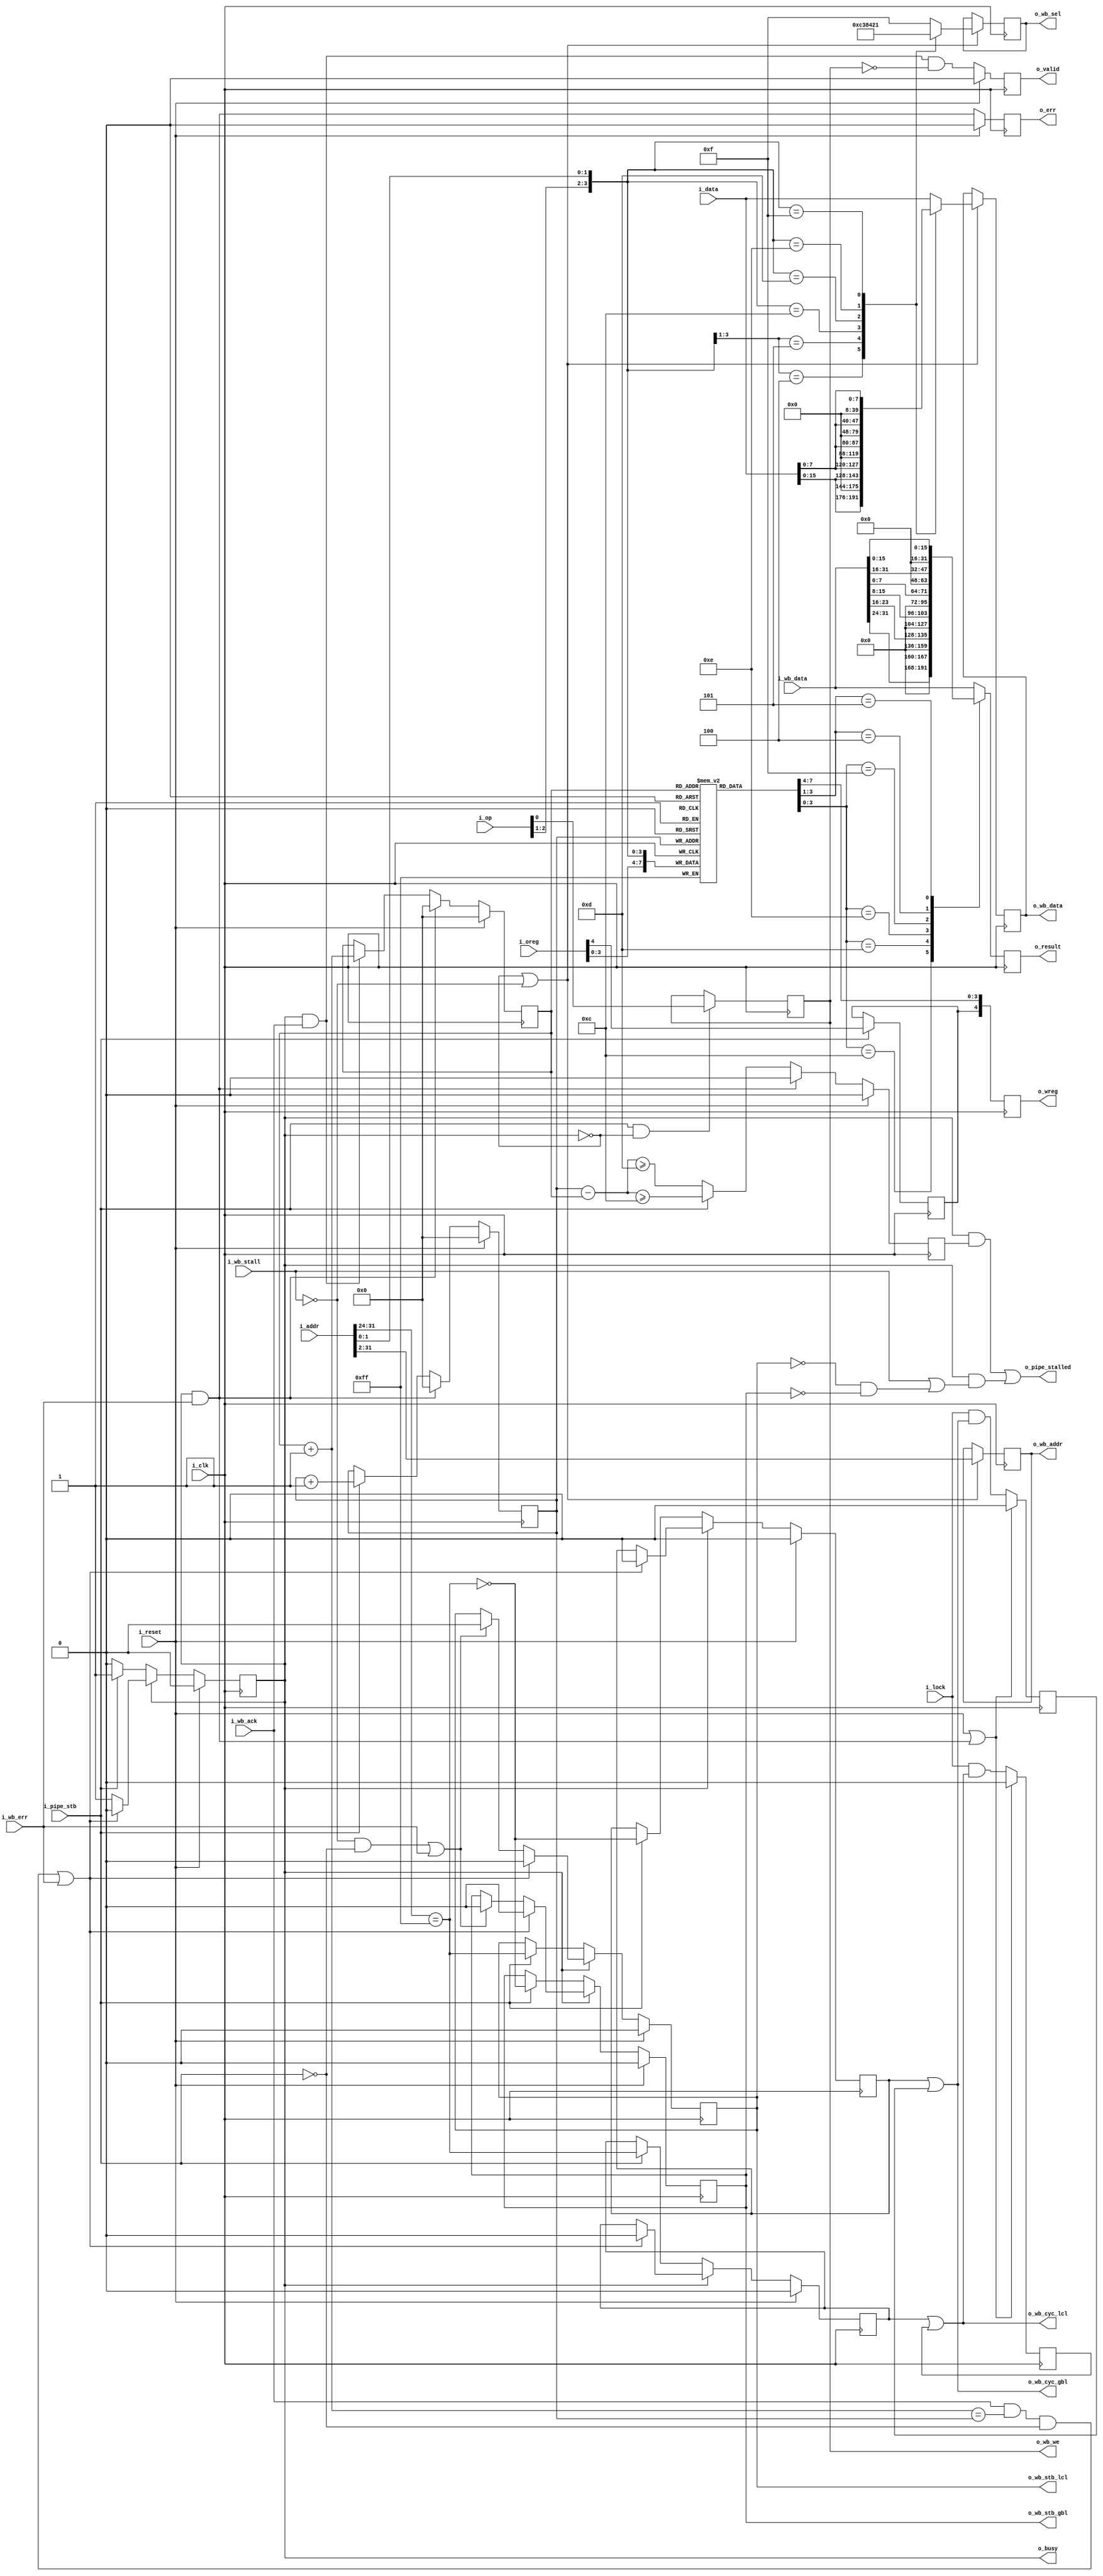
module	pipemem(i_clk, i_reset, i_pipe_stb, i_lock,
		i_op, i_addr, i_data, i_oreg,
			o_busy, o_pipe_stalled, o_valid, o_err, o_wreg, o_result,
		o_wb_cyc_gbl, o_wb_cyc_lcl,
			o_wb_stb_gbl, o_wb_stb_lcl,
			o_wb_we, o_wb_addr, o_wb_data, o_wb_sel,
		i_wb_ack, i_wb_stall, i_wb_err, i_wb_data);
	parameter	ADDRESS_WIDTH=30;
	parameter [0:0]	IMPLEMENT_LOCK=1'b1,
			WITH_LOCAL_BUS=1'b1,
			OPT_ZERO_ON_IDLE=1'b0,
			// OPT_ALIGNMENT_ERR
			OPT_ALIGNMENT_ERR=1'b0;
	localparam	AW=ADDRESS_WIDTH,
			FLN=4;
	parameter [(FLN-1):0]	OPT_MAXDEPTH=4'hd;
	input	wire		i_clk, i_reset;
	input	wire		i_pipe_stb, i_lock;
	// CPU interface
	input	wire	[2:0]	i_op;
	input	wire	[31:0]	i_addr;
	input	wire	[31:0]	i_data;
	input	wire	[4:0]	i_oreg;
	// CPU outputs
	output	wire		o_busy;
	output	wire		o_pipe_stalled;
	output	reg		o_valid;
	output	reg		o_err;
	output	reg	[4:0]	o_wreg;
	output	reg	[31:0]	o_result;
	// Wishbone outputs
	output	wire		o_wb_cyc_gbl;
	output	reg		o_wb_stb_gbl;
	output	wire		o_wb_cyc_lcl;
	output	reg		o_wb_stb_lcl, o_wb_we;
	output	reg	[(AW-1):0]	o_wb_addr;
	output	reg	[31:0]	o_wb_data;
	output	reg	[3:0]	o_wb_sel;
	// Wishbone inputs
	input	wire		i_wb_ack, i_wb_stall, i_wb_err;
	input	wire	[31:0]	i_wb_data;


	reg			cyc;
	reg			r_wb_cyc_gbl, r_wb_cyc_lcl, fifo_full;
	reg	[(FLN-1):0]		rdaddr, wraddr;
	wire	[(FLN-1):0]		nxt_rdaddr, fifo_fill;
	reg	[(3+5-1):0]	fifo_oreg [0:15];
	reg			fifo_gie;
	initial	rdaddr = 0;
	initial	wraddr = 0;

	reg	misaligned;

	always	@(*)
	if (OPT_ALIGNMENT_ERR)
	begin
		casez({ i_op[2:1], i_addr[1:0] })
		4'b01?1: misaligned = i_pipe_stb;
		4'b0110: misaligned = i_pipe_stb;
		4'b10?1: misaligned = i_pipe_stb;
		default: misaligned = i_pipe_stb;
		endcase
	end else
		misaligned = 1'b0;

	always @(posedge i_clk)
		fifo_oreg[wraddr] <= { i_oreg[3:0], i_op[2:1], i_addr[1:0] };

	always @(posedge i_clk)
	if (i_pipe_stb)
		fifo_gie <= i_oreg[4];

	initial	wraddr = 0;
	always @(posedge i_clk)
	if (i_reset)
		wraddr <= 0;
	else if (((i_wb_err)&&(cyc))||((i_pipe_stb)&&(misaligned)))
			wraddr <= 0;
	else if (i_pipe_stb)
		wraddr <= wraddr + 1'b1;

	initial	rdaddr = 0;
	always @(posedge i_clk)
	if (i_reset)
		rdaddr <= 0;
	else if (((i_wb_err)&&(cyc))||((i_pipe_stb)&&(misaligned)))
		rdaddr <= 0;
	else if ((i_wb_ack)&&(cyc))
		rdaddr <= rdaddr + 1'b1;

	assign	fifo_fill = wraddr - rdaddr;

	initial	fifo_full = 0;
	always @(posedge i_clk)
	if (i_reset)
		fifo_full <= 0;
	else if (((i_wb_err)&&(cyc))||((i_pipe_stb)&&(misaligned)))
		fifo_full <= 0;
	else if (i_pipe_stb)
		fifo_full <= (fifo_fill >= OPT_MAXDEPTH-1);
	else
		fifo_full <= (fifo_fill >= OPT_MAXDEPTH);

	assign	nxt_rdaddr = rdaddr + 1'b1;

	wire	gbl_stb, lcl_stb, lcl_bus;
	assign	lcl_bus = (i_addr[31:24]==8'hff)&&(WITH_LOCAL_BUS);
	assign	lcl_stb = (lcl_bus)&&(!misaligned);
	assign	gbl_stb = ((!lcl_bus)||(!WITH_LOCAL_BUS))&&(!misaligned);
			//= ((i_addr[31:8]!=24'hc00000)||(i_addr[7:5]!=3'h0));

	initial	cyc = 0;
	initial	r_wb_cyc_lcl = 0;
	initial	r_wb_cyc_gbl = 0;
	initial	o_wb_stb_lcl = 0;
	initial	o_wb_stb_gbl = 0;
	always @(posedge i_clk)
	if (i_reset)
	begin
		r_wb_cyc_gbl <= 1'b0;
		r_wb_cyc_lcl <= 1'b0;
		o_wb_stb_gbl <= 1'b0;
		o_wb_stb_lcl <= 1'b0;
		cyc <= 1'b0;
	end else if (cyc)
	begin
		if (((!i_wb_stall)&&(!i_pipe_stb)&&(!misaligned))
			||(i_wb_err))
		begin
			o_wb_stb_gbl <= 1'b0;
			o_wb_stb_lcl <= 1'b0;
		end

		if (((i_wb_ack)&&(nxt_rdaddr == wraddr)
				&&((!i_pipe_stb)||(misaligned)))
			||(i_wb_err))
		begin
			r_wb_cyc_gbl <= 1'b0;
			r_wb_cyc_lcl <= 1'b0;
			o_wb_stb_gbl <= 1'b0;
			o_wb_stb_lcl <= 1'b0;
			cyc <= 1'b0;
		end
	end else if (i_pipe_stb) // New memory operation
	begin // Grab the wishbone
		r_wb_cyc_lcl <= lcl_stb;
		r_wb_cyc_gbl <= gbl_stb;
		o_wb_stb_lcl <= lcl_stb;
		o_wb_stb_gbl <= gbl_stb;
		cyc <= (!misaligned);
	end

	always @(posedge i_clk)
	if ((!cyc)||(!i_wb_stall))
	begin
		if ((OPT_ZERO_ON_IDLE)&&(!i_pipe_stb))
			o_wb_addr <= 0;
		else
			o_wb_addr <= i_addr[(AW+1):2];

		if ((OPT_ZERO_ON_IDLE)&&(!i_pipe_stb))
			o_wb_sel <= 4'b0000;
		else casez({ i_op[2:1], i_addr[1:0] })
			4'b100?: o_wb_sel <= 4'b1100;	// Op = 5
			4'b101?: o_wb_sel <= 4'b0011;	// Op = 5
			4'b1100: o_wb_sel <= 4'b1000;	// Op = 5
			4'b1101: o_wb_sel <= 4'b0100;	// Op = 7
			4'b1110: o_wb_sel <= 4'b0010;	// Op = 7
			4'b1111: o_wb_sel <= 4'b0001;	// Op = 7
			default: o_wb_sel <= 4'b1111;	// Op = 7
		endcase

		if ((OPT_ZERO_ON_IDLE)&&(!i_pipe_stb))
			o_wb_data <= 0;
		else casez({ i_op[2:1], i_addr[1:0] })
		4'b100?: o_wb_data <= { i_data[15:0], 16'h00 };
		4'b101?: o_wb_data <= { 16'h00, i_data[15:0] };
		4'b1100: o_wb_data <= {         i_data[7:0], 24'h00 };
		4'b1101: o_wb_data <= {  8'h00, i_data[7:0], 16'h00 };
		4'b1110: o_wb_data <= { 16'h00, i_data[7:0],  8'h00 };
		4'b1111: o_wb_data <= { 24'h00, i_data[7:0] };
		default: o_wb_data <= i_data;
	endcase
	end

	always @(posedge i_clk)
	if ((i_pipe_stb)&&(!cyc))
		o_wb_we   <= i_op[0];
	else if ((OPT_ZERO_ON_IDLE)&&(!cyc))
		o_wb_we   <= 1'b0;

	initial	o_valid = 1'b0;
	always @(posedge i_clk)
	if (i_reset)
		o_valid <= 1'b0;
	else
		o_valid <= (cyc)&&(i_wb_ack)&&(!o_wb_we);

	initial	o_err = 1'b0;
	always @(posedge i_clk)
	if (i_reset)
		o_err <= 1'b0;
	else
		o_err <= ((cyc)&&(i_wb_err))||((i_pipe_stb)&&(misaligned));
	assign	o_busy = cyc;

	wire	[7:0]	w_wreg;
	assign	w_wreg = fifo_oreg[rdaddr];
	always @(posedge i_clk)
		o_wreg <= { fifo_gie, w_wreg[7:4] };
	always @(posedge i_clk)
	if ((OPT_ZERO_ON_IDLE)&&((!cyc)||((!i_wb_ack)&&(!i_wb_err))))
		o_result <= 0;
	else begin
		casez(w_wreg[3:0])
		4'b1100: o_result <= { 24'h00, i_wb_data[31:24] };
		4'b1101: o_result <= { 24'h00, i_wb_data[23:16] };
		4'b1110: o_result <= { 24'h00, i_wb_data[15: 8] };
		4'b1111: o_result <= { 24'h00, i_wb_data[ 7: 0] };
		4'b100?: o_result <= { 16'h00, i_wb_data[31:16] };
		4'b101?: o_result <= { 16'h00, i_wb_data[15: 0] };
		default: o_result <= i_wb_data[31:0];
		endcase
	end

	assign	o_pipe_stalled = ((cyc)&&(fifo_full))||((cyc)
			&&((i_wb_stall)||((!o_wb_stb_lcl)&&(!o_wb_stb_gbl))));

	generate
	if (IMPLEMENT_LOCK != 0)
	begin
		reg	lock_gbl, lock_lcl;

		initial	lock_gbl = 1'b0;
		initial	lock_lcl = 1'b0;
		always @(posedge i_clk)
		if ((i_reset)||((i_wb_err)&&(cyc))
			||((i_pipe_stb)&&(misaligned)))
		begin
			lock_gbl <= 1'b0;
			lock_lcl <= 1'b0;
		end else begin
			lock_gbl <= (i_lock)&&((r_wb_cyc_gbl)||(lock_gbl));
			lock_lcl <= (i_lock)&&((r_wb_cyc_lcl)||(lock_lcl));
		end

		assign	o_wb_cyc_gbl = (r_wb_cyc_gbl)||(lock_gbl);
		assign	o_wb_cyc_lcl = (r_wb_cyc_lcl)||(lock_lcl);
	end else begin
		assign	o_wb_cyc_gbl = (r_wb_cyc_gbl);
		assign	o_wb_cyc_lcl = (r_wb_cyc_lcl);
	end endgenerate

	// Make verilator happy
	// verilator lint_off UNUSED
	wire	[32-AW+2+1-1:0]	unused;
	assign	unused = { i_lock, i_addr[31:AW], i_addr[1:0] };
	// verilator lint_on  UNUSED

`ifdef	FORMAL
// Formal properties for this module are maintained elsewhere
`endif // FORMAL
endmodule